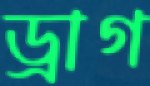
ড্রাগ